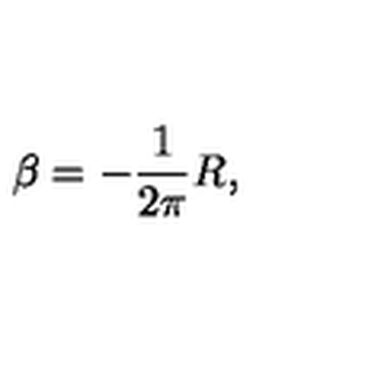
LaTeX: \beta = - \frac { 1 } { 2 \pi } R ,